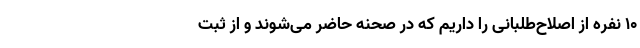
۱۰ نفره از اصلاح‌طلبانی را داریم که در صحنه حاضر می‌شوند و از ثبت